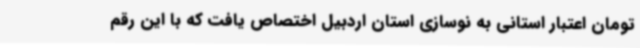
تومان اعتبار استانی به نوسازی استان اردبیل اختصاص یافت که با این رقم